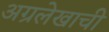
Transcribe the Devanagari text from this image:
अग्रलेखाची